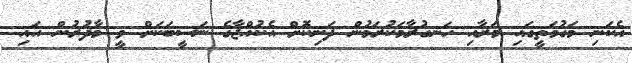
އެކަނި މަގުމަތީގައި މަރާއި ހަނގުރާމަކުރަމުން ދަނިކޮށް އެކުއްޖާގެ ނަސީބަކަށް ވީ މާދުރުން އައި